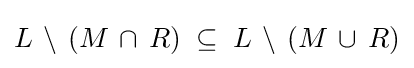
L\,\setminus \,(M\,\cap \,R)\;\subseteq \;L\,\setminus \,(M\,\cup \,R)